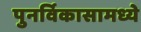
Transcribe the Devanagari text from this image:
पुनर्विकासामध्ये